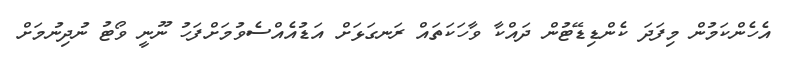
އެހެންކަމުން މިފަދަ ކެންޑިޑޭޓުން ދައްކާ ވާހަކަތައް ރަނގަޅަށް އަޑުއެއްސެވުމަށްފަހު ނޫނީ ވޯޓު ނުދިނުމަށް